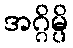
အဂ္ဂိမ္ပိ